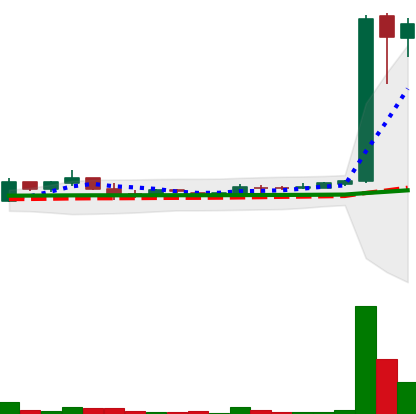
Ticker: LTC-USD
Chart end date: 2017-04-01
Forward return: 48.931%
Label: up_7plus